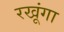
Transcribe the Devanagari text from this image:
रखूंगा